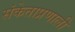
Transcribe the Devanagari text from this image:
संकेताप्रणाली